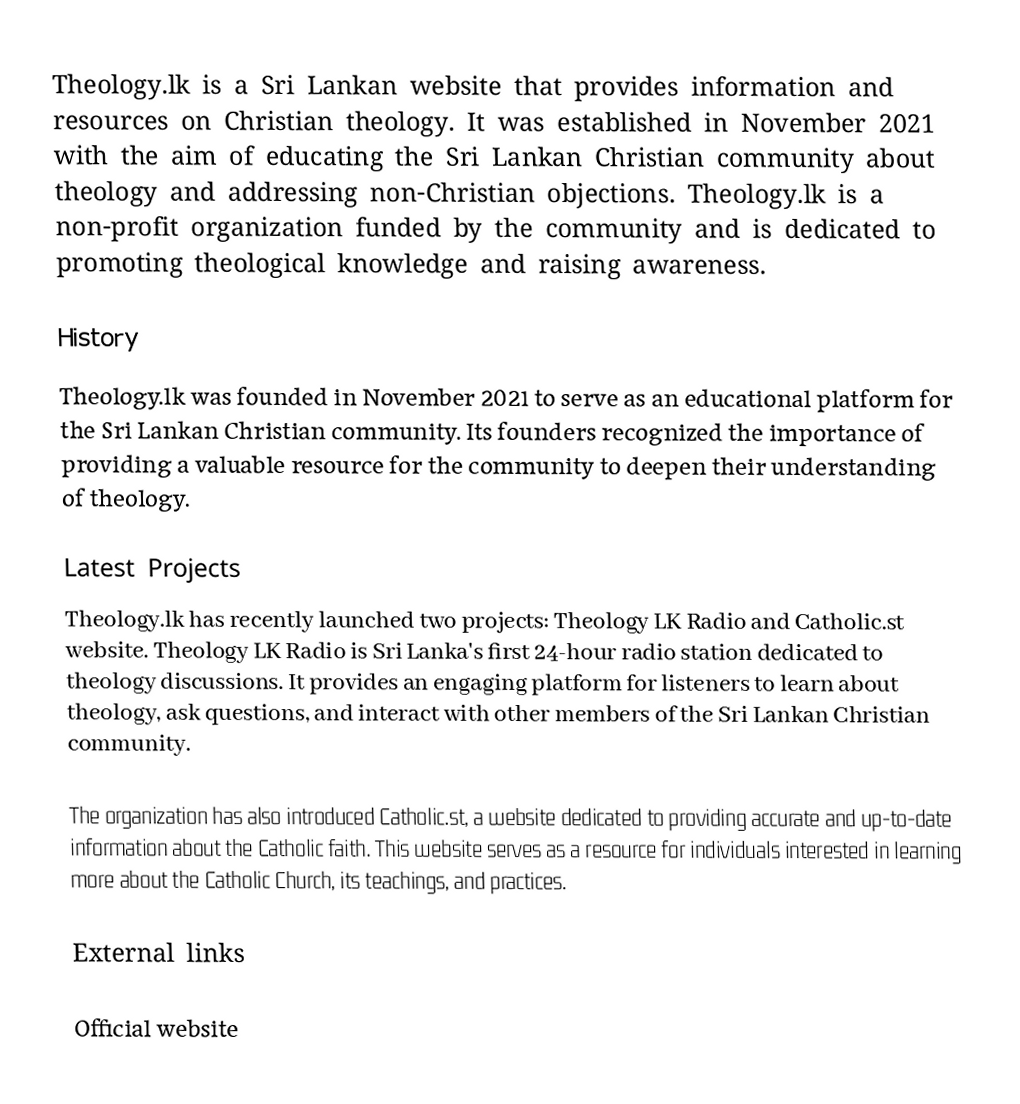
Theology.lk is a Sri Lankan website that provides information and resources on Christian theology. It was established in November 2021 with the aim of educating the Sri Lankan Christian community about theology and addressing non-Christian objections. Theology.lk is a non-profit organization funded by the community and is dedicated to promoting theological knowledge and raising awareness.

History
Theology.lk was founded in November 2021 to serve as an educational platform for the Sri Lankan Christian community. Its founders recognized the importance of providing a valuable resource for the community to deepen their understanding of theology.

Latest Projects
Theology.lk has recently launched two projects: Theology LK Radio and Catholic.st website. Theology LK Radio is Sri Lanka's first 24-hour radio station dedicated to theology discussions. It provides an engaging platform for listeners to learn about theology, ask questions, and interact with other members of the Sri Lankan Christian community.

The organization has also introduced Catholic.st, a website dedicated to providing accurate and up-to-date information about the Catholic faith. This website serves as a resource for individuals interested in learning more about the Catholic Church, its teachings, and practices.

External links

Official website